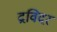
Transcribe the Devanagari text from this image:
द्रविदर